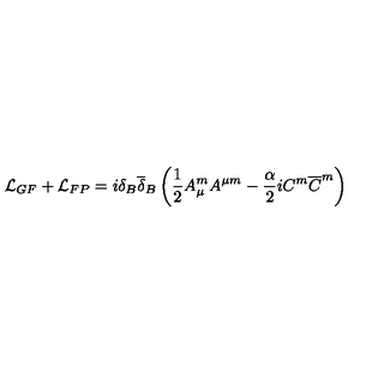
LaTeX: { \mathcal L } _ { G F } + { \mathcal L } _ { F P } = i \delta _ { B } { \overline { { \delta } } } _ { B } \left( \frac { 1 } { 2 } A _ { \mu } ^ { m } A ^ { \mu m } - \frac { \alpha } { 2 } i C ^ { m } { \overline { { C } } } ^ { m } \right)